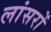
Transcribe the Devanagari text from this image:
लांसरों